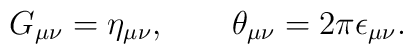
G_{\mu\nu}=\eta_{\mu\nu}, \qquad \theta_{\mu\nu}=2\pi \epsilon_{\mu\nu}.